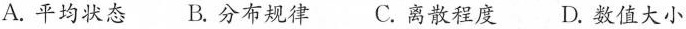
A.平均状态B.分布规律 C.离散程度D.数值大小